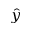
\hat { y }